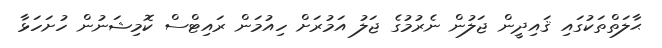
ޙާލަތްތަކުގައި ޤައިދީން ޖަލުން ނެރުމުގެ ޖަލު އަމުރަށް ހިއުމަން ރައިޓްސް ކޮމިޝަނުން ހުށަހަޅާ